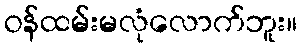
ဝန်ထမ်းမလုံလောက်ဘူး။